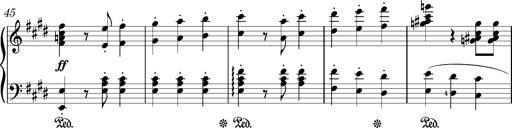
Title: Valses oubliÃ©es
Composer: Franz Liszt